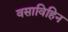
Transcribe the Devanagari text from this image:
वसाविहिन